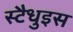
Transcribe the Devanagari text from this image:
स्टैधुइस